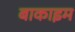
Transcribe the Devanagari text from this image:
बाकाइम